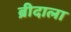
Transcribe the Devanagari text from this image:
ब्रीदाला